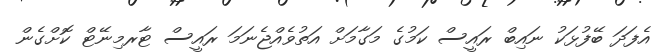
އެފަދަ ބޭފުޅަކު ނައިބް ރައީސް ކަމުގެ މަގާމަށް އަތުވެއްޖެނަމަ ރައީސް ޓާރމިނޭޓް ކޮށްގެން